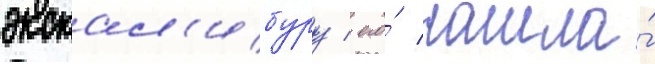
экскал'ибуру / его́ нашла́